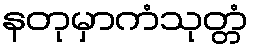
နတုမှာကံသုတ္တံ